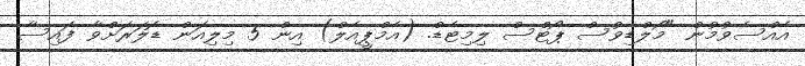
އެއްސެވުމުން "މޯލްޑިވުސް ޕޯޓްސް ލިމިޓެޑް. (އެމްޕީއެލް) އިން 5 މިލިއަން ޑޮލަރަށްވާ ފައިސާ